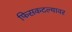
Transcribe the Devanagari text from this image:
फिसकटल्यावर